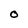
Character: O